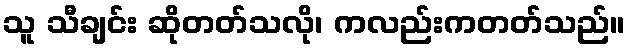
သူ သီချင်း ဆိုတတ်သလို၊ ကလည်းကတတ်သည်။